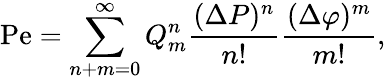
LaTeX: \mathrm{Pe}=\sum_{n+m=0}^{\infty}Q_{m}^{n}\frac{(\Delta P)^{n}}{n!}\frac{(\Delta\varphi)^{m}}{m!},